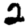
Digit: 2